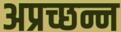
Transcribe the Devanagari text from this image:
अप्रच्छन्न